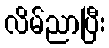
လိမ်ညာပြီး